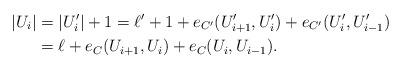
LaTeX: \begin{align*}|U_i|&=|U_i'|+1=\ell'+1 +e_{C'}(U_{i+1}', U_i')+e_{C'}(U_i', U_{i-1}')\\&=\ell+e_C(U_{i+1}, U_i)+e_C(U_i, U_{i-1}).\end{align*}